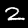
Label: 2